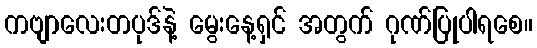
ကဗျာလေးတပုဒ်နဲ့ မွေးနေ့ရှင် အတွက် ဂုဏ်ပြုပါရစေ။